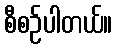
စီစဉ်ပါတယ်။